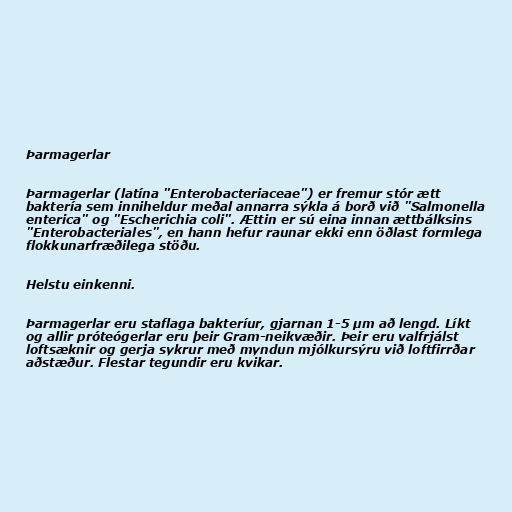
Þarmagerlar

Þarmagerlar (latína "Enterobacteriaceae") er fremur stór ætt
baktería sem inniheldur meðal annarra sýkla á borð við "Salmonella
enterica" og "Escherichia coli". Ættin er sú eina innan ættbálksins
"Enterobacteriales", en hann hefur raunar ekki enn öðlast formlega
flokkunarfræðilega stöðu.

Helstu einkenni.

Þarmagerlar eru staflaga bakteríur, gjarnan 1-5 μm að lengd. Líkt
og allir próteógerlar eru þeir Gram-neikvæðir. Þeir eru valfrjálst
loftsæknir og gerja sykrur með myndun mjólkursýru við loftfirrðar
aðstæður. Flestar tegundir eru kvikar.